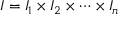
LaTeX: I = I _ { 1 } \times I _ { 2 } \times \cdots \times I _ { n }